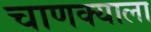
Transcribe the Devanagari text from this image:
चाणक्याला